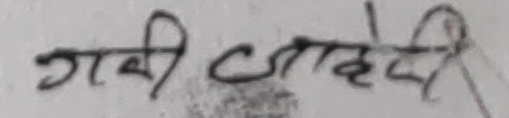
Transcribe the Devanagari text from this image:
गदी जाहेगी